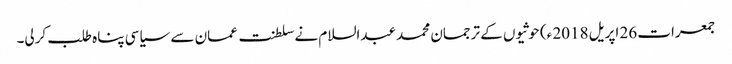
جمعرات 26 اپریل 2018 ء) حوثیوں کے ترجمان محمد عبدالسلام نے سلطنت عمان سے سیاسی پناہ طلب کرلی۔